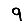
Digit: 9